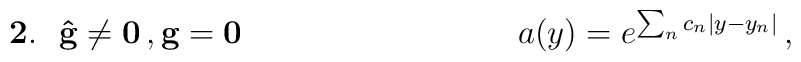
\mathbf{2.\,\,\,\,\hat{g}\neq 0\, ,g=0}\hspace{3.5cm}   a(y) = e^{\sum_{n}c_{n}|y-y_{n}|}\, ,\hspace{5cm}